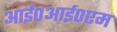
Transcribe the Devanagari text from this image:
आई०आई०एम